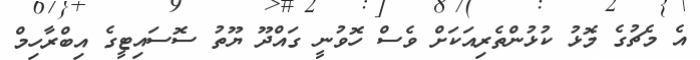
އެ މެޗުގެ މޮޅު ކުޅުންތެރިއަކަށް ވެސް ހޮވުނީ ގައްދޫ ޔޫތު ސޮސައިޓީގެ އިބްރާހިމް